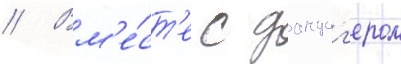
// Вм'е́ст'е с данциг'ером